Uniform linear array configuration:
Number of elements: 16
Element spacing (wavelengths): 1
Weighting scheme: binomial
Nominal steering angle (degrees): -45
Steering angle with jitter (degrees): -43.986
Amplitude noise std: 0.05
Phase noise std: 0.05

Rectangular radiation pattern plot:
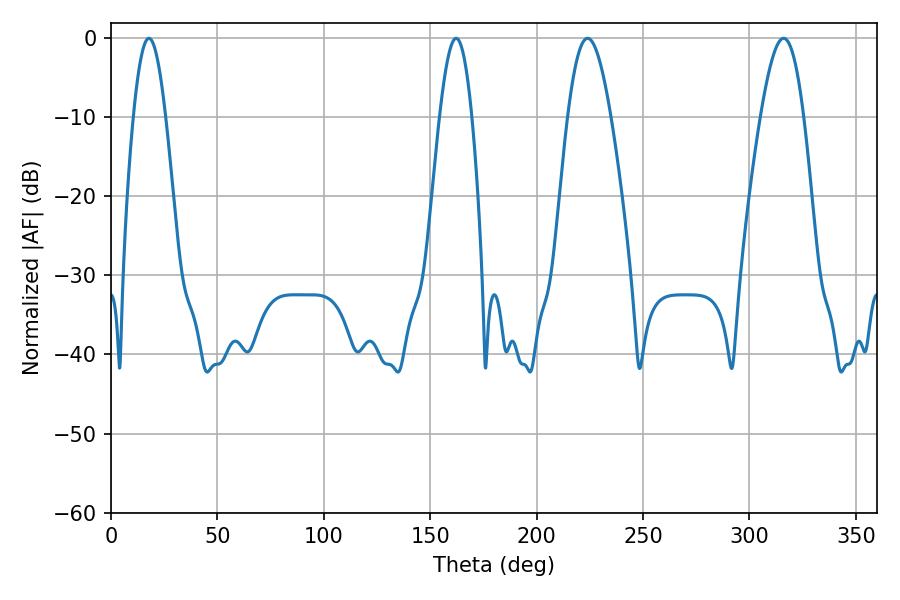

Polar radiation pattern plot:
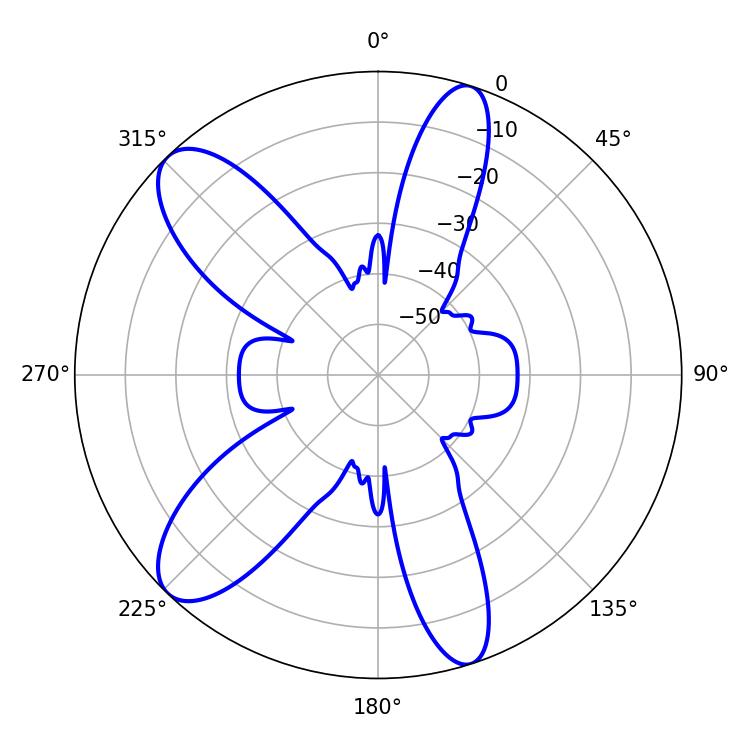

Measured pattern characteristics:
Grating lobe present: TRUE
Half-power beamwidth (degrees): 8.1
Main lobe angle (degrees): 17.82